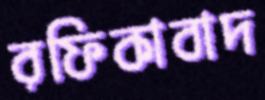
রফিকাবাদ